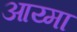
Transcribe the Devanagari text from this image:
आय्मा